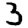
Digit: 3